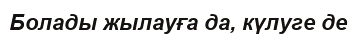
Болады жылауға да, күлуге де